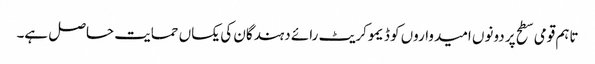
تاہم قومی سطح پر دونوں امیدواروں کو ڈیموکریٹ رائے دہندگان کی یکساں حمایت حاصل ہے۔